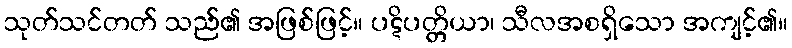
သုတ်သင်တတ် သည်၏ အဖြစ်ဖြင့်။ ပဋိပတ္တိယာ၊ သီလအစရှိသော အကျင့်၏။